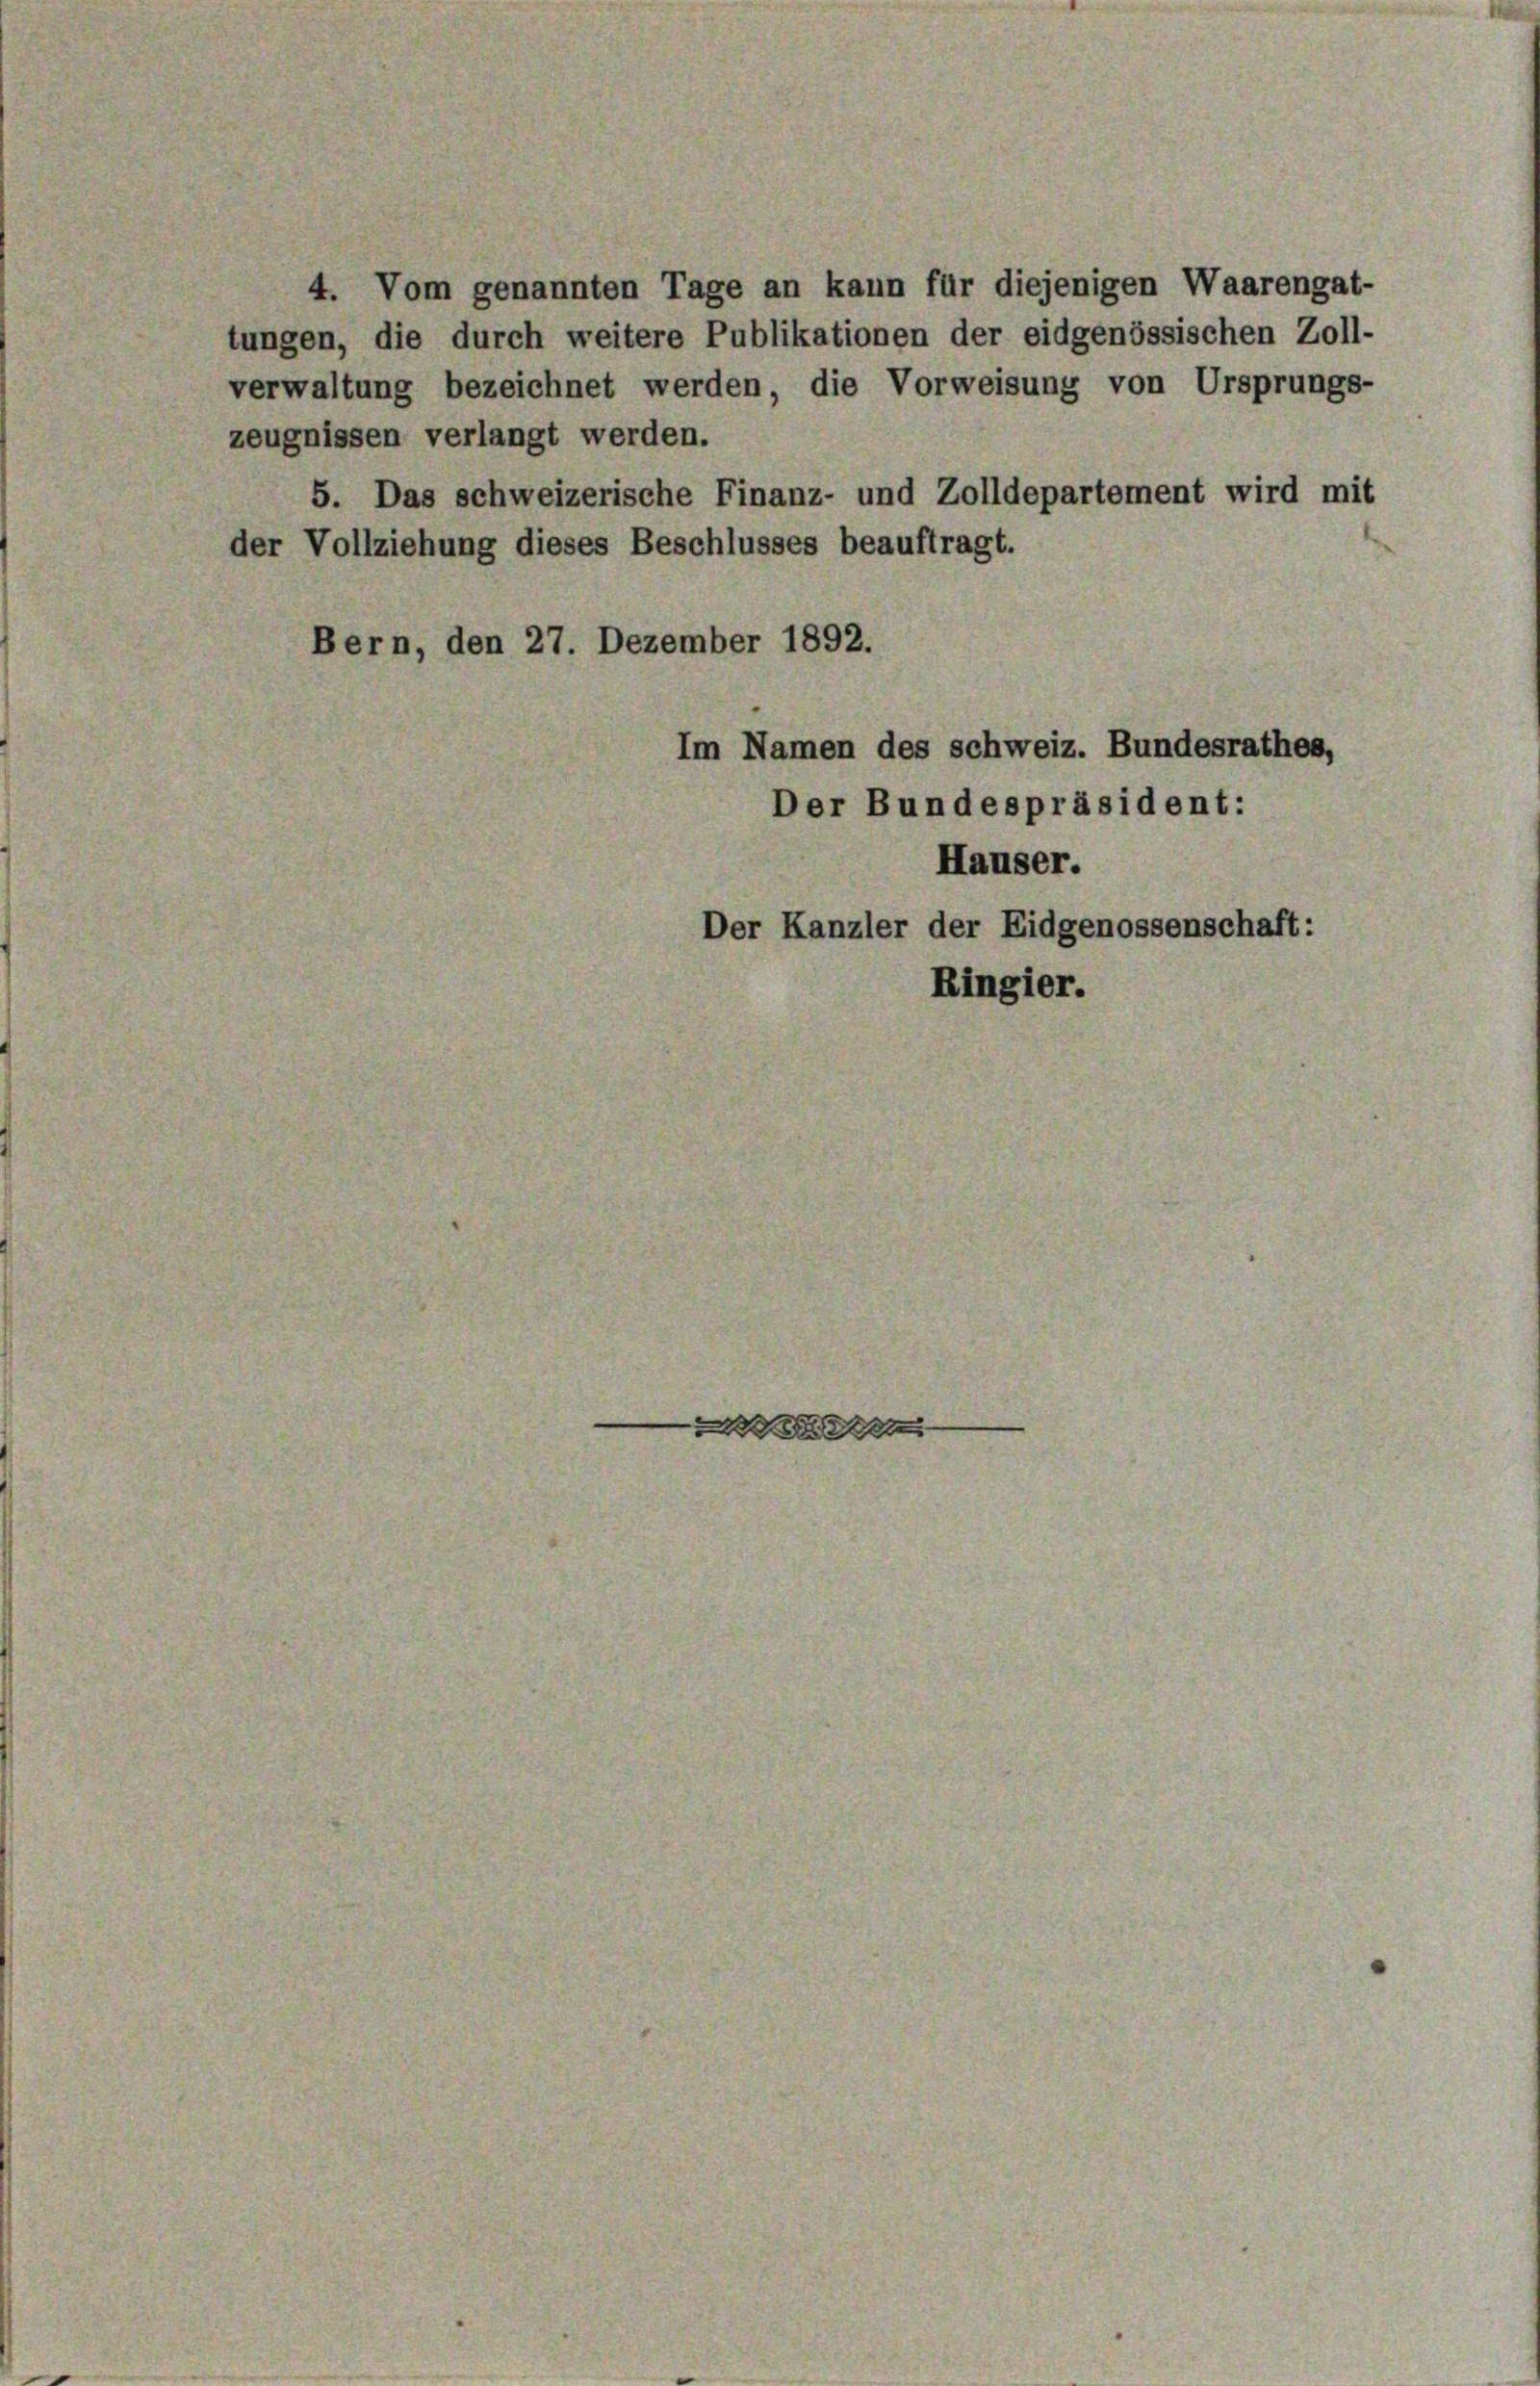
4. Vom genannten Tage an kann für diejenigen Waarengat-
tungen, die durch weitere Publikationen der eidgenössischen Zoll-
verwaltung bezeichnet werden, die Vorweisung von Ursprungs-
zeugnissen verlangt werden.
5. Das schweizerische Finanz- und Zolldepartement wird mit
der Vollziehung dieses Beschlusses beauftragt.
Bern, den 27. Dezember 1892.
Im Namen des schweiz. Bundesrathes,
Der Bundespräsident:
Häuser.

Der Kanzler der Eidgenossenschaft:
Ringier.